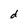
Character: d